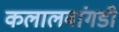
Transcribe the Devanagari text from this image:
कलालबांगडी